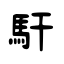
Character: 馯